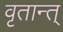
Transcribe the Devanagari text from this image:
वृतान्त्